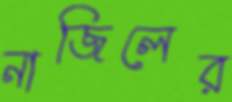
নাজিলের